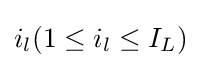
i_{l}(1\leq i_{l}\leq I_{L})